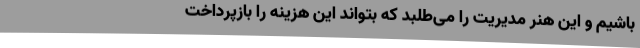
باشیم و این هنر مدیریت را می‌طلبد که بتواند این هزینه را بازپرداخت